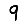
Digit: 9